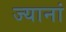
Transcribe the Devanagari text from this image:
ज्यानां